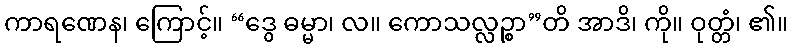
ကာရဏေန၊ ကြောင့်။ “ဒွေ ဓမ္မာ၊ လ။ ကောသလ္လဉ္စာ”တိ အာဒိ၊ ကို။ ဝုတ္တံ၊ ၏။